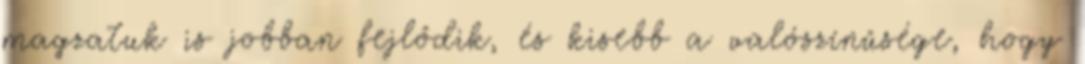
magzatuk is jobban fejlődik, és kisebb a valószínűsége, hogy